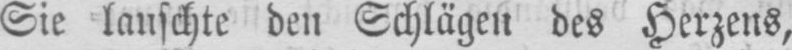
Sie lauschte den Schlägen des Herzens,